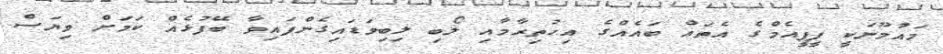
މައުމޫނަކީ ޕީޕީއެމްގެ އެތައް ބައެއްގެ އިހުތިރާމާއި ލޯބި ލިބިވަޑައިގެންފައިވާ ބޭފުޅެއް ކަމަށް ވިޔަސް